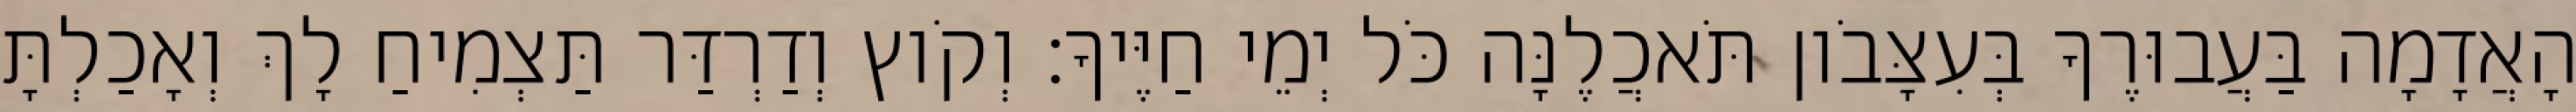
הָאֲדָמָה בַּעֲבוּרֶךָ בְּעִצָּבֹון תֹּאכֲלֶנָּה כֹּל יְמֵי חַיֶּיךָ׃ וְקֹוץ וְדַרְדַּר תַּצְמִיחַ לָךְ וְאָכַלְתָּ